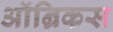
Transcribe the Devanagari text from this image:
ऑन्रिकस